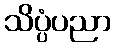
သိပ္ပံပညာ